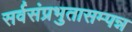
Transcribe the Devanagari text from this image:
सर्वसंप्रभुतासम्पन्न